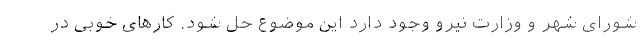
شورای شهر و وزارت نیرو وجود دارد این موضوع حل شود. کارهای خوبی در